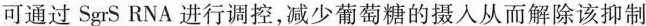
可通过SgrS RNA进行调控，减少葡萄糖的摄入从而解除该抑制